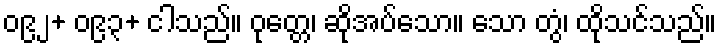
၀၉၂+ ၀၉၃+ ငါသည်။ ဝုတ္တေ၊ ဆိုအပ်သော။ သော တွံ၊ ထိုသင်သည်။